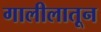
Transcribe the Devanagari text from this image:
गालीलातून